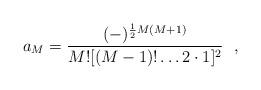
LaTeX: \begin{align*}a_M = {(-)^{{1\over 2}M(M+1)}\over M! [(M-1)!\ldots 2\cdot 1]^2}~~,\end{align*}